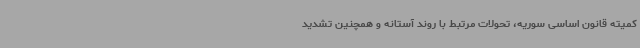
کمیته قانون اساسی سوریه، تحولات مرتبط با روند آستانه و همچنین تشدید